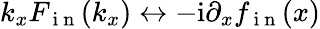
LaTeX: {k}_{x}F_{\mathrm{~i~n~}}({k}_{x})\leftrightarrow-{\mathrm{i}}\partial_{x}f_{\mathrm{~i~n~}}(x)